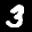
Label: 3